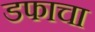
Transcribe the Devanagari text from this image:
डफाचा